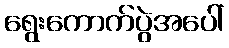
ရွေးကောက်ပွဲအပေါ်